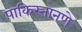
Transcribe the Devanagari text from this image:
पाकिस्तानणे